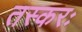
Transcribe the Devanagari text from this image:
तस्करः